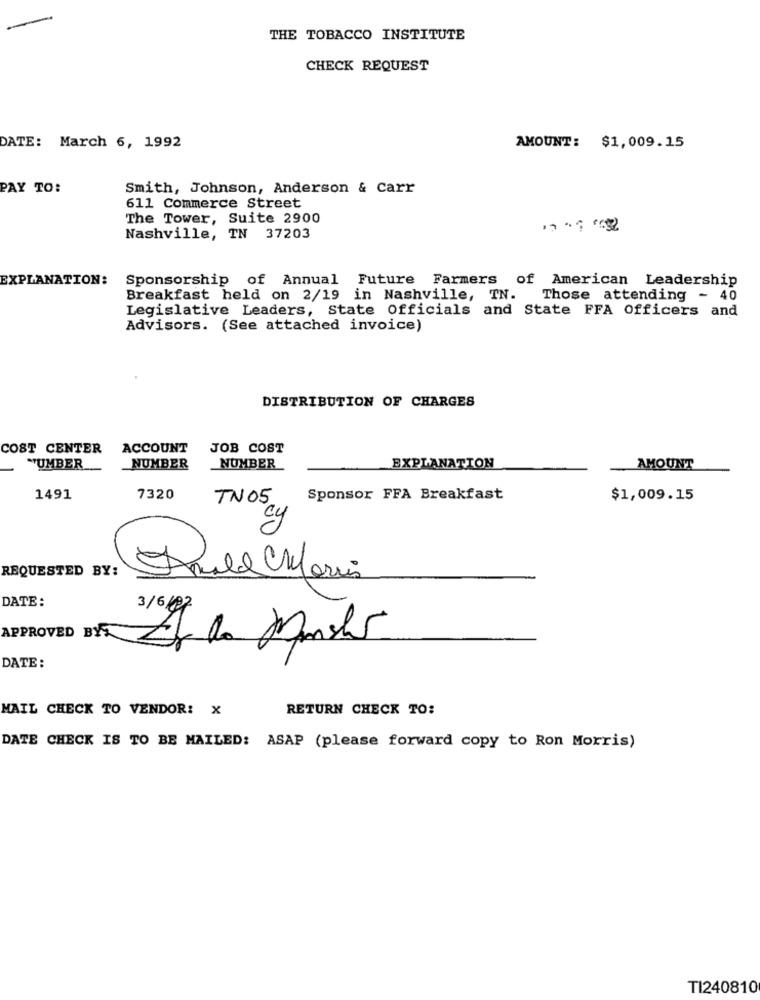
THE TOBACCO INSTITUTE
CHECK REQUEST
DATE: March 6, 1992
AMOUNT: $1,009.15
PAY TO:
Smith, Johnson, Anderson & Carr
611 Commerce Street
The Tower, Suite 2900
Nashville, TN 37203
EXPLANATION:
Sponsorship of Annual Future Farmers of American Leadership
Breakfast held on 2/19 in Nashville, TN.
Those attending - 40
Legislative Leaders, State Officials and State FFA Officers and
Advisors. (See attached invoice)
DISTRIBUTION OF CHARGES
COST CENTER
ACCOUNT
JOB COST
""UMBER.
_NUMBER
NUMBER
EXPLANATION
AMOUNT
1491
7320
TN05
Sponsor FFA Breakfast
$1,009.15
cy
REQUESTED BY:
DATE:
3/6/07
APPROVED BY
Er le Manshs
DATE :
MAIL CHECK TO VENDOR: X
RETURN CHECK TO:
DATE CHECK IS TO BE MAILED: ASAP (please forward copy to Ron Morris)
TI240810